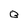
Character: B